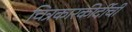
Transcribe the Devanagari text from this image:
चित्रकारकीर्दीची